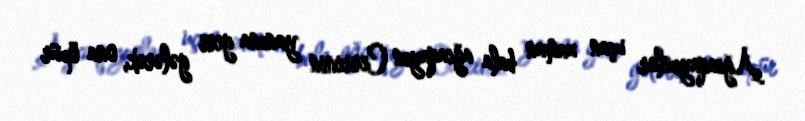
Ağcaqayınlar uçan zaman bala ağcaqayın Cerrinin yanına geri gələrək, ona öpür